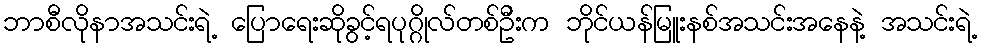
ဘာစီလိုနာအသင်းရဲ့ ပြောရေးဆိုခွင့်ရပုဂ္ဂိုလ်တစ်ဦးက ဘိုင်ယန်မြူးနစ်အသင်းအနေနဲ့ အသင်းရဲ့